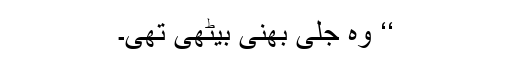
‘‘ وہ جلی بھنی بیٹھی تھی۔